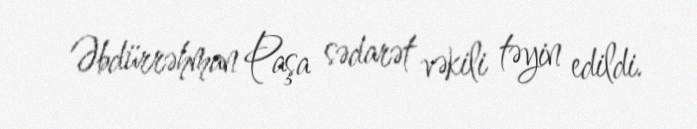
Əbdürrəhman Paşa sədarət vəkili təyin edildi.